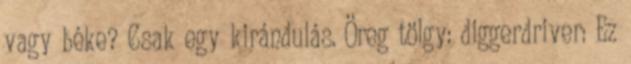
vagy béke? Csak egy kirándulás. Öreg tölgy: diggerdriver: Ez